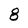
Character: 8